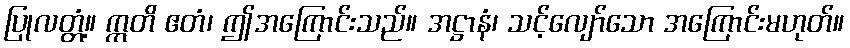
ပြုလတ္တံ့။ ဣတိ ဧတံ၊ ဤအကြောင်းသည်။ အဋ္ဌာနံ၊ သင့်လျော်သော အကြောင်းမဟုတ်။